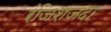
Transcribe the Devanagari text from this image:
रंजिशजदा